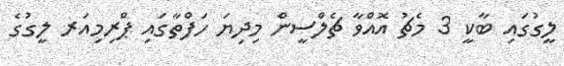
ލީގުގައި ބާކީ 3 މެޗު އޮއްވާ ޗެލްސީން މިދިޔަ ހަފްތާގައި ޕްރިމިއަރ ލީގުގެ